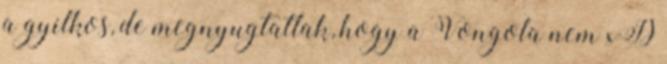
a gyilkos, de megnyugtatlak, hogy a Vongola nem xD